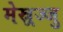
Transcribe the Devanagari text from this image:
मेस्र्रज्जु